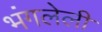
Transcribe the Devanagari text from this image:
भंगलेली